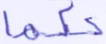
حكما